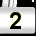
Digit: 2